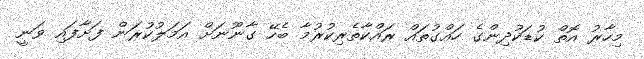
މިހާރު އޮތް ކުޑަކުދިންގެ ހައްގުތައް ރައްކާތެރިކުރުމާ ބެހޭ ގާނޫނަށް އަމަލުކުރަން ފަށާފައި ވަނީ